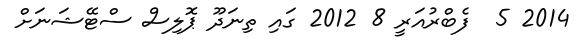
2014 5  ފެބްރުއަރީ 8 2012 ގައި ތިނަދޫ ޕޮލިސް ސްޓޭޝަނަށް